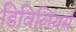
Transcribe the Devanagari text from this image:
डिविलियर्स